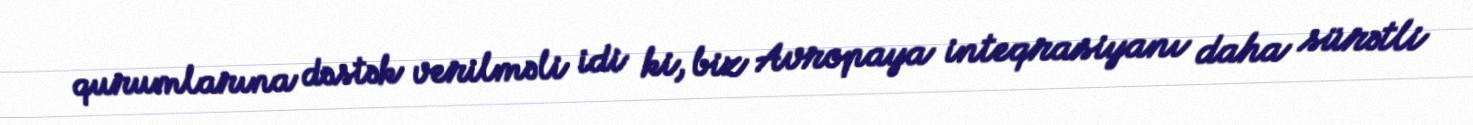
qurumlarına dəstək verilməli idi ki, biz Avropaya inteqrasiyanı daha sürətli